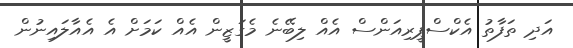
އަދި ތަފާތު އެކްސްޕީރިއަންސް އެއް ލިބޭނެ މެގަޒީން އެއް ކަމަށް އެ އެއާލައިނުން